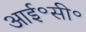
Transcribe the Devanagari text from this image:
आई॰सी॰